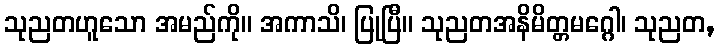
သုညတဟူသော အမည်ကို။ အကာသိ၊ ပြုပြီ။ သုညတအနိမိတ္တမဂ္ဂေါ၊ သုညတ,